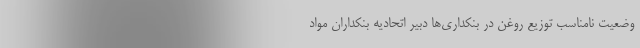
وضعیت نامناسب توزیع روغن در بنکداری‌ها دبیر اتحادیه بنکداران مواد